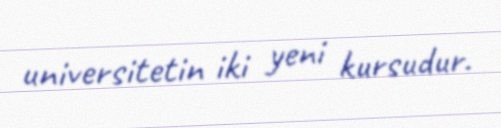
universitetin iki yeni kursudur.